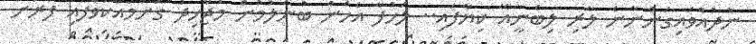
ނުދުއްވައިގަންނާނެ ލާރި ލިބެނީއޭ ކިޔާފައި.. ލަހުފާ އެހެން ބުނެލުމުން މުޖާހިދު ގޮށްމުއްކަވާފައި ފާރަށް